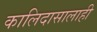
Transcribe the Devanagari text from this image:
कालिदासालाही